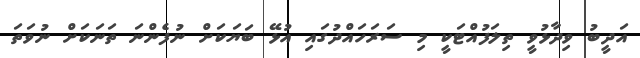
އަދީބު ވިދާޅުވީ ތިލަފުއްޓަކީ މި ސަރަހައްދުގައި އުޅޭ ބަޔަކަށް ނުފެންނަ ތަނަކަށް ނުވަތަ